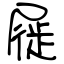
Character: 屣